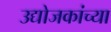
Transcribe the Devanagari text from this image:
उद्योजकांच्या